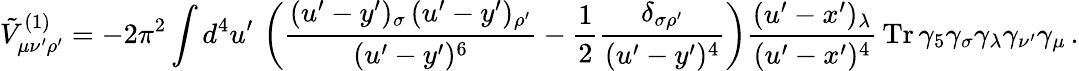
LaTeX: \tilde{V}_{\mu\nu^{\prime}\rho^{\prime}}^{(1)}=-2\pi^{2}\int d^{4}u^{\prime}\, \left(\frac{(u^{\prime}-y^{\prime})_{\sigma}\, (u^{\prime}-y^{\prime})_{\rho^{\prime}}}{(u^{\prime}-y^{\prime})^{6}}-\frac{1}{2}\frac{\delta_{\sigma\rho^{\prime}}}{(u^{\prime}-y^{\prime})^{4}}\right)\frac{(u^{\prime}-x^{\prime})_{\lambda}}{(u^{\prime}-x^{\prime})^{4}}\, \mathrm{Tr}\, \gamma_{5}\gamma_{\sigma}\gamma_{\lambda}\gamma_{\nu^{\prime}}\gamma_{\mu}\, .